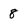
Character: 8